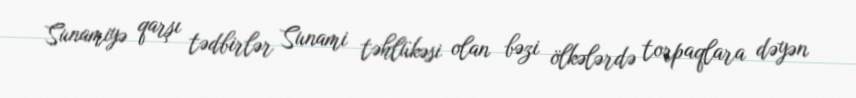
Sunamiyə qarşı tədbirlər Sunami təhlükəsi olan bəzi ölkələrdə torpaqlara dəyən